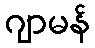
ဂျာမန်